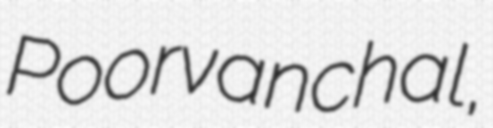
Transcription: Poorvanchal,